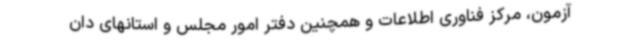
آزمون، مرکز فناوری اطلاعات و همچنین دفتر امور مجلس و استانهای دان